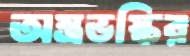
অস্ত্রভস্কির